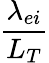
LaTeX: \frac{\lambda_{ei}}{L_{T}}